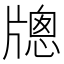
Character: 牕